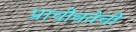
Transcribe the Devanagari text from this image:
प्राचीनतेची